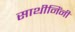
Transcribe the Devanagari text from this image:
साथीनिंनी